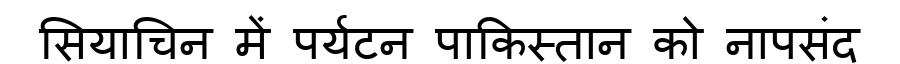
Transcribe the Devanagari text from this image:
सियाचिन में पर्यटन पाकिस्तान को नापसंद